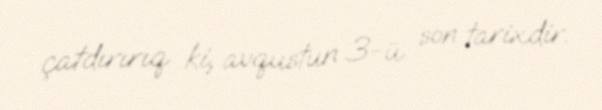
çatdırırıq ki, avqustun 3-ü son tarixdir.